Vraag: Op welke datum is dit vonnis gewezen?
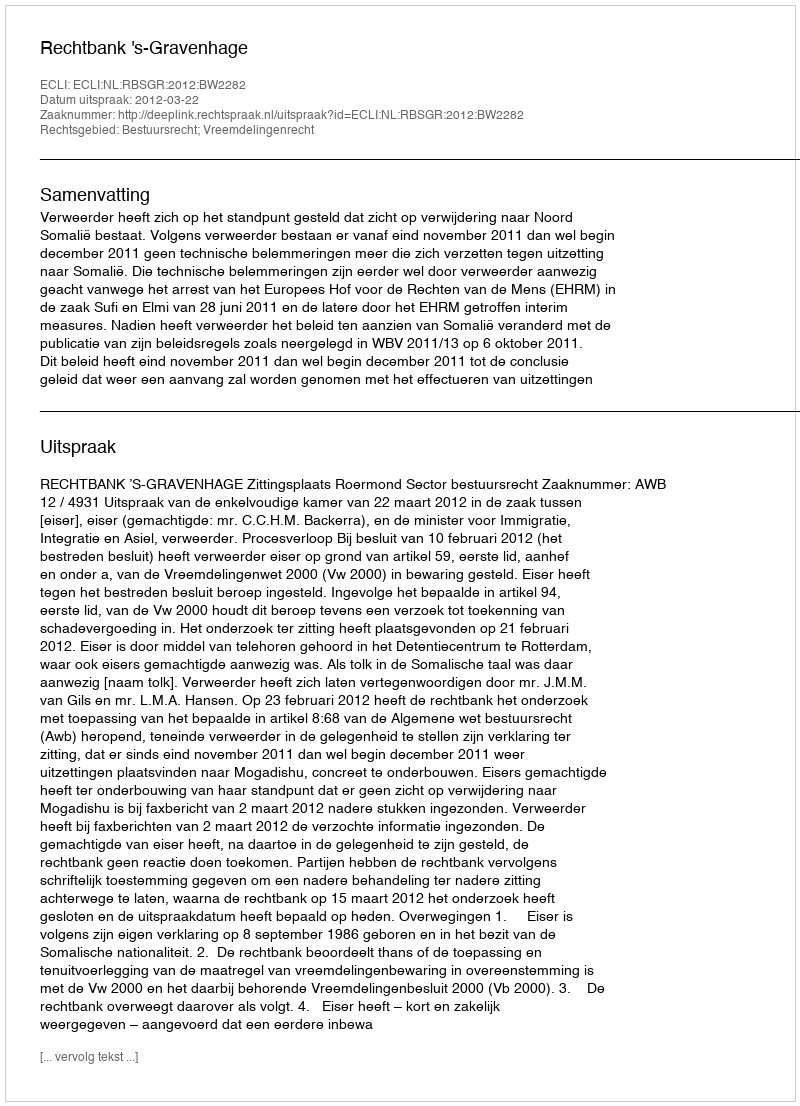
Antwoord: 2012-03-22